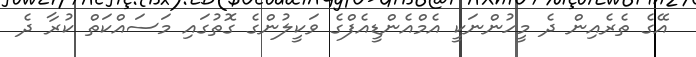
އޭގެ ތެރެއިން ދެ މީހުންނަކީ އެމްއެންޑީއެފްގެ ވަކީލުންގެ ގޮތުގައި މަސައްކަތް ކުރާ ދެ